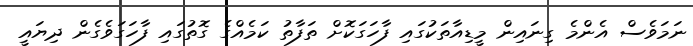
ނަމަވެސް އެންމެ ގިނައިން މީޑިއާތަކުގައި ފާހަގަކޮށް ތަފާތު ކަމެއްގެ ގޮތުގައި ފާހަގަވެގެން ދިޔައީ